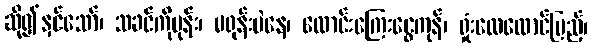
ဆို၍နှင်သော်၊ သခင်ကိုမုန်း၊ မရုန်းပဲနေ၊ လောင်းကြေးငွေကုန်၊ ရှုံးလေထောင်ပြည့်၊